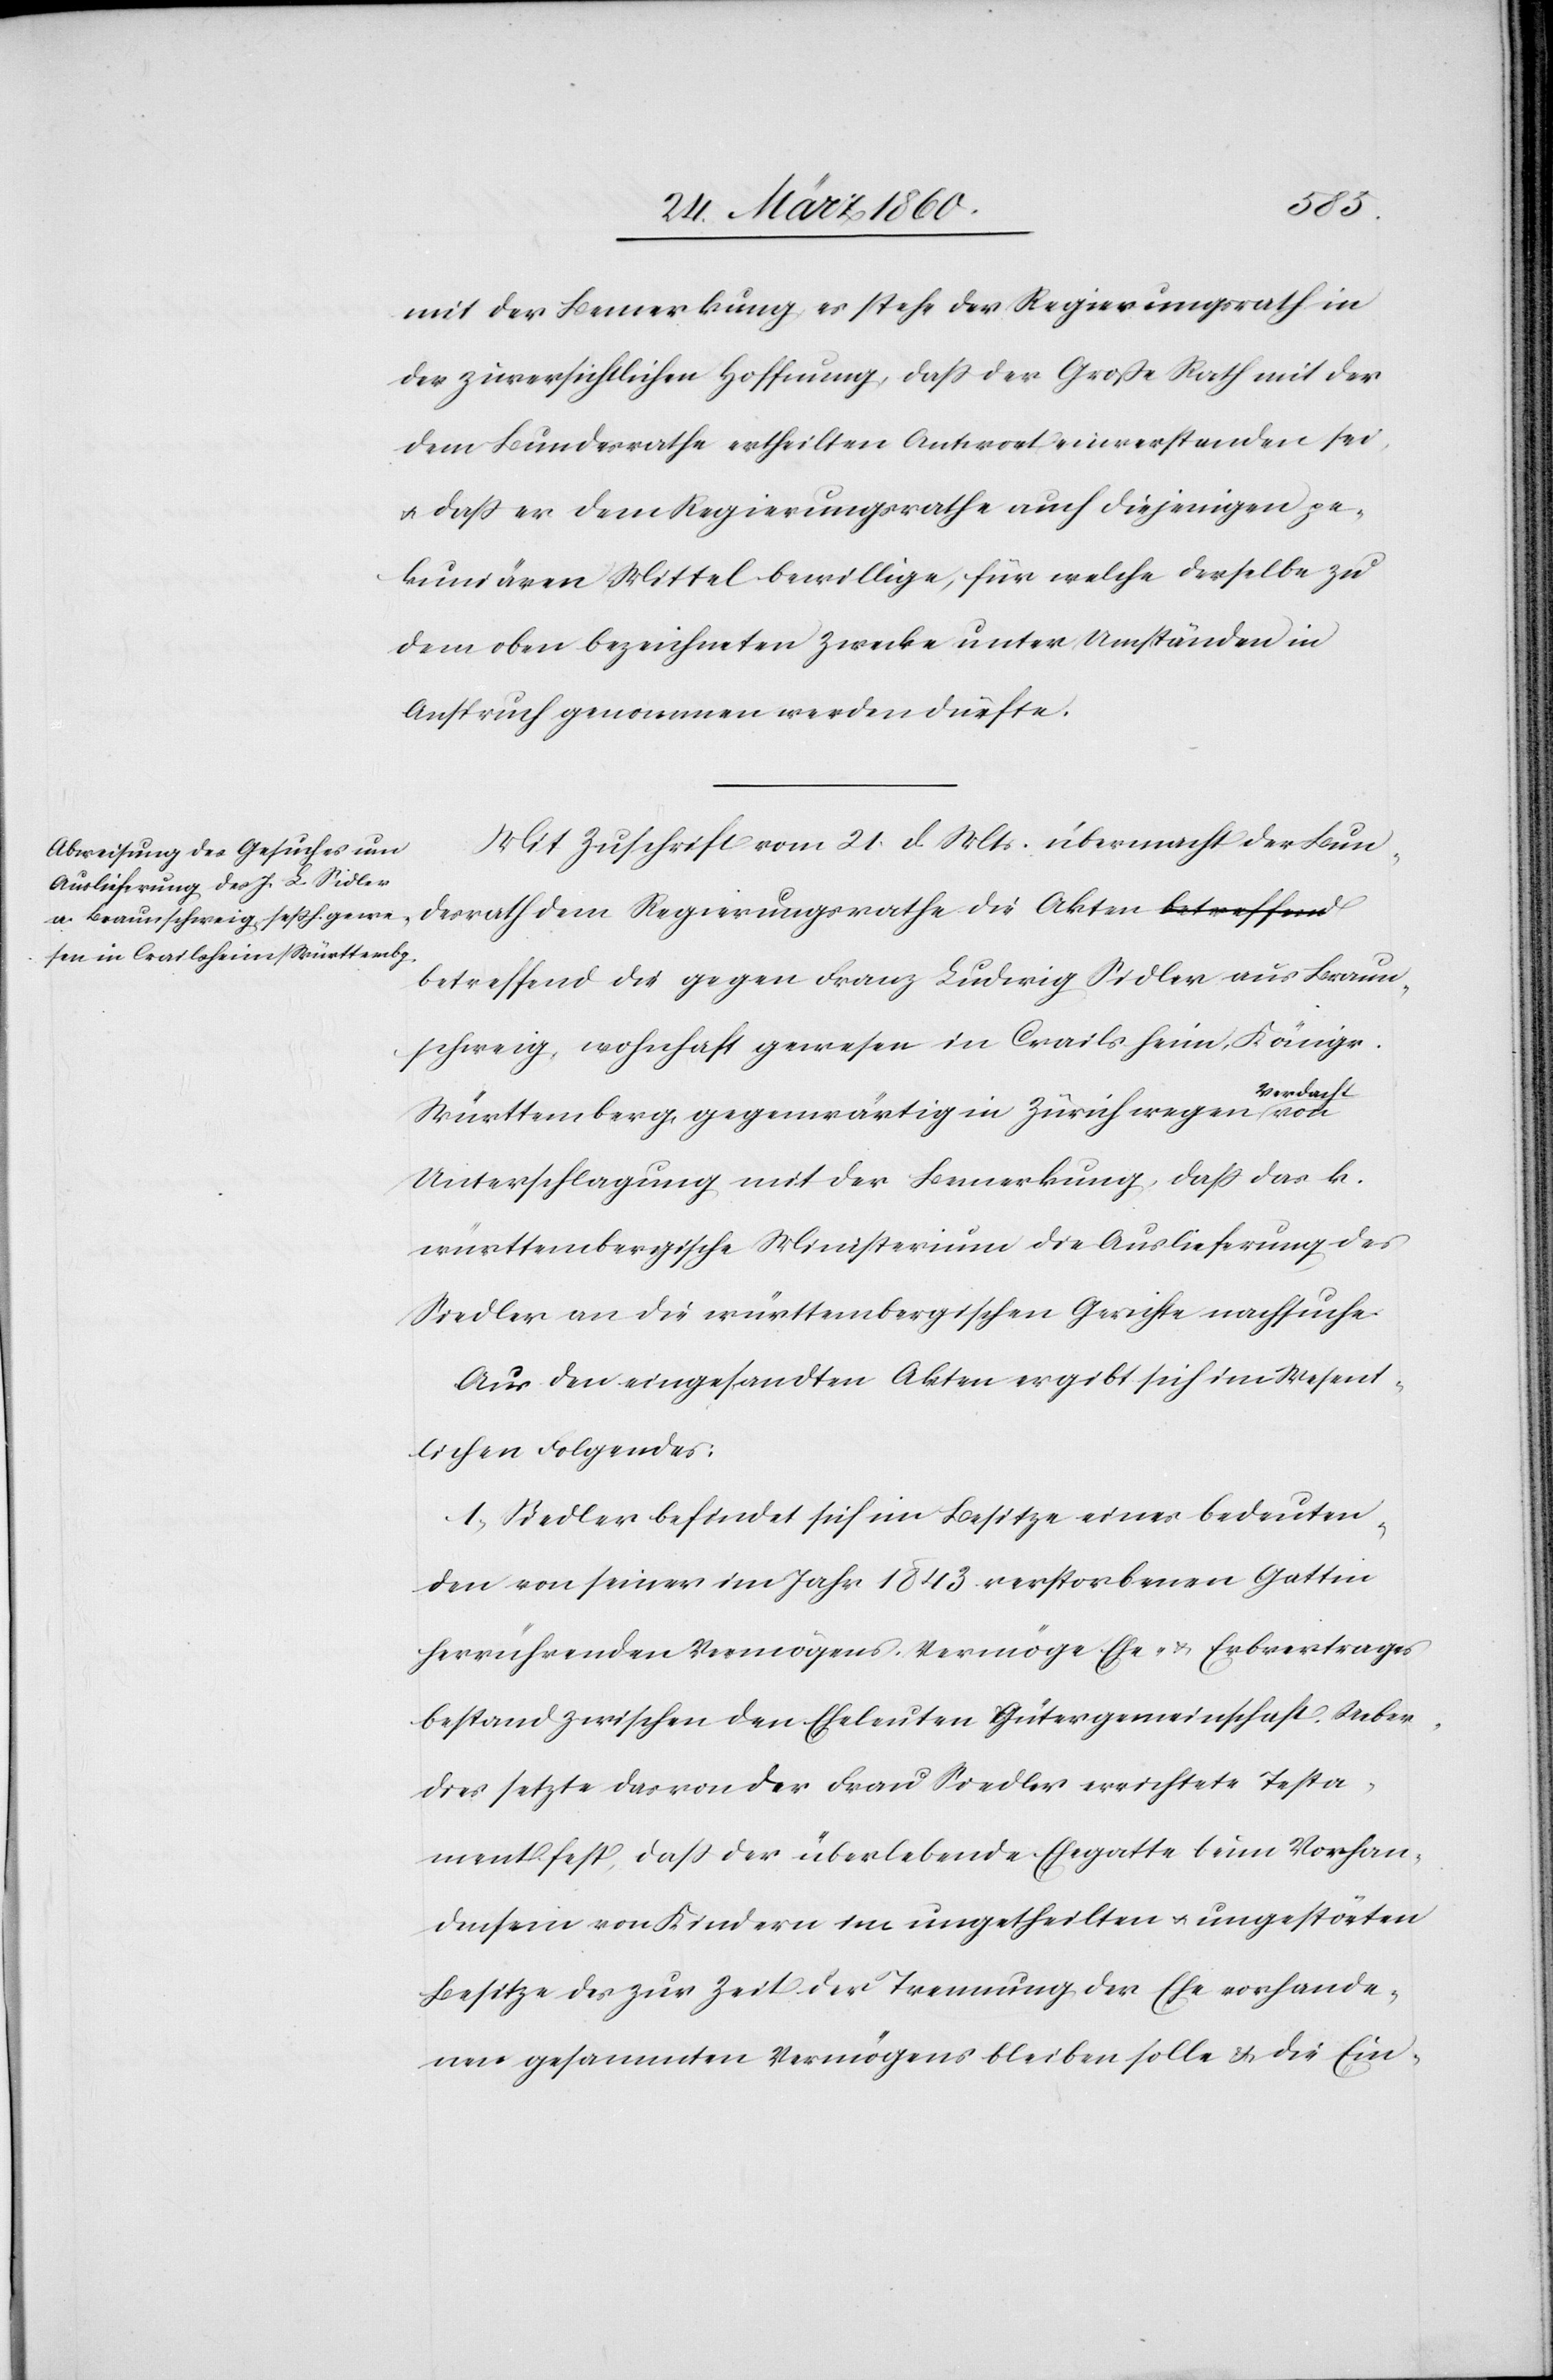
Braun¬
mit der Bemerkung, es stehe der Regierungsrath in
der zuversichtlichen Hoffnung, dass der Grosse Rath mit der
dem Bundesrathe ertheilten Antwort einverstanden sei,
u. dass er dem Regierungsrathe auch diejenigen pe¬
kuniären Mittel bewillige, für welche derselbe zu
dem oben bezeichneten Zwecke unter Umständen in
Anspruch genommen werden dürfte.
Mit Zuschrift vom 21. d. Mts. übermacht der Bun¬
desrath dem Regierungsrathe die Akten betreffend
schweig, wohnhaft gewesen in Crailsheim, Königr.
Württemberg, gegenwärtig in Zürich wegen Verdacht
Unterschlagung mit der Bemerkung, dass das k.
württembergische Ministerium die Auslieferung des
Siedler an die württembergischen Gerichte nachsuche.
Aus den eingesandten Akten ergibt sich im Wesent¬
lichen Folgendes:
1. Siedler befindet sich im Besitze eines bedeuten¬
den von seiner im Jahr 1843 verstorbenen Gattin
herrührenden Vermögens. Vermöge Ehe- u. Erbvertrages
bestand zwischen den Eheleuten Gütergemeinschaft. Ueber
dies setzte der von der Frau Siedler errichtete Testa¬
ment fest, dass der überlebende Ehegatte beim Vorhan¬
densein von Kindern im ungetheilten u. ungestörten
Besitze des zur Zeit der Trennung der Ehe vorhande¬
nen gesammten Vermögens bleiben solle u. die Ein-